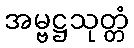
အမ္ဗဋ္ဌသုတ္တံ